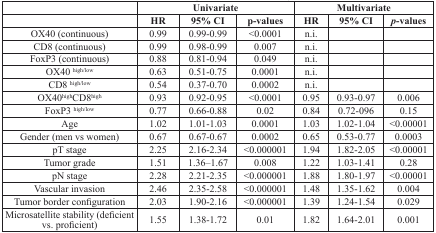
<table><thead><tr><td></td><td colspan="3"><b>Univariate</b></td><td colspan="3"><b>Multivariate</b></td></tr><tr><td><b> </b></td><td><b>HR</b></td><td><b>95% CI</b></td><td><b><i>p</i>-values</b></td><td><b>HR</b></td><td><b>95% CI</b></td><td><b><i>p</i>-values</b></td></tr></thead><tbody><tr><td>OX40 (continuous)</td><td>0.99</td><td>0.99-0.99</td><td>&lt;0.0001</td><td>n.i.</td><td></td><td></td></tr><tr><td>CD8 (continuous)</td><td>0.99</td><td>0.98-0.99</td><td>0.007</td><td>n.i.</td><td></td><td></td></tr><tr><td>FoxP3 (continuous)</td><td>0.88</td><td>0.81-0.94</td><td>0.049</td><td>n.i.</td><td></td><td></td></tr><tr><td>OX40 <sup>high/low</sup></td><td>0.63</td><td>0.51-0.75</td><td>0.0001</td><td>n.i.</td><td></td><td></td></tr><tr><td>CD8 <sup>high/low</sup></td><td>0.54</td><td>0.37-0.70</td><td>0.0002</td><td>n.i.</td><td></td><td></td></tr><tr><td>OX40<sup>high</sup>CD8<sup>high</sup></td><td>0.93</td><td>0.92-0.95</td><td>&lt;0.0001</td><td>0.95</td><td>0.93-0.97</td><td>0.006</td></tr><tr><td>FoxP3 <sup>high/low</sup></td><td>0.77</td><td>0.66-0.88</td><td>0.02</td><td>0.84</td><td>0.72-096</td><td>0.15</td></tr><tr><td>Age</td><td>1.02</td><td>1.01-1.03</td><td>0.0001</td><td>1.03</td><td>1.02-1.04</td><td>&lt;0.00001</td></tr><tr><td>Gender (men vs women)</td><td>0.67</td><td>0.67-0.67</td><td>0.0002</td><td>0.65</td><td>0.53-0.77</td><td>0.0003</td></tr><tr><td>pT stage</td><td>2.25</td><td>2.16-2.34</td><td>&lt;0.000001</td><td>1.94</td><td>1.82-2.05</td><td>&lt;0.00001</td></tr><tr><td>Tumor grade</td><td>1.51</td><td>1.36–1.67</td><td>0.008</td><td>1.22</td><td>1.03-1.41</td><td>0.28</td></tr><tr><td>pN stage</td><td>2.28</td><td>2.21-2.35</td><td>&lt;0.000001</td><td>1.88</td><td>1.80-1.97</td><td>&lt;0.00001</td></tr><tr><td>Vascular invasion</td><td>2.46</td><td>2.35-2.58</td><td>&lt;0.000001</td><td>1.48</td><td>1.35-1.62</td><td>0.004</td></tr><tr><td>Tumor border configuration</td><td>2.03</td><td>1.90-2.16</td><td>&lt;0.000001</td><td>1.39</td><td>1.24-1.54</td><td>0.029</td></tr><tr><td>Microsatellite stability (deficient vs. proficient)</td><td>1.55</td><td>1.38-1.72</td><td>0.01</td><td>1.82</td><td>1.64-2.01</td><td>0.001</td></tr></tbody></table>